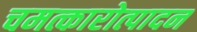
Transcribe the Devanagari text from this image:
चमत्कारोत्पादन